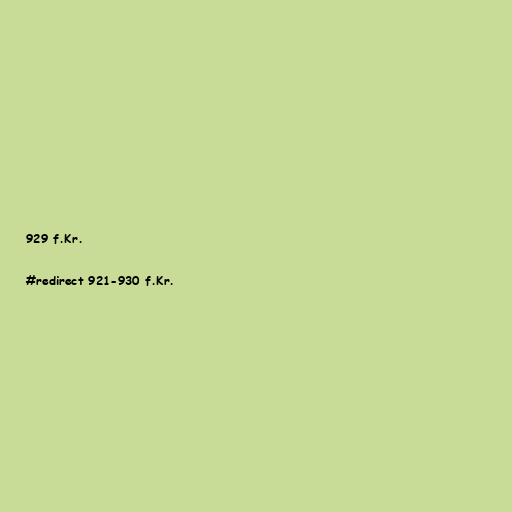
929 f.Kr.

#redirect 921-930 f.Kr.